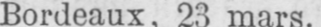
Bordeaux, 23 mars.